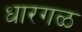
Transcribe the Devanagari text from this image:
धारगळ